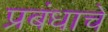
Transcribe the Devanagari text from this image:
प्रबंधाचे